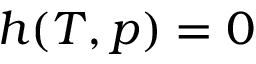
h ( T , p ) = 0